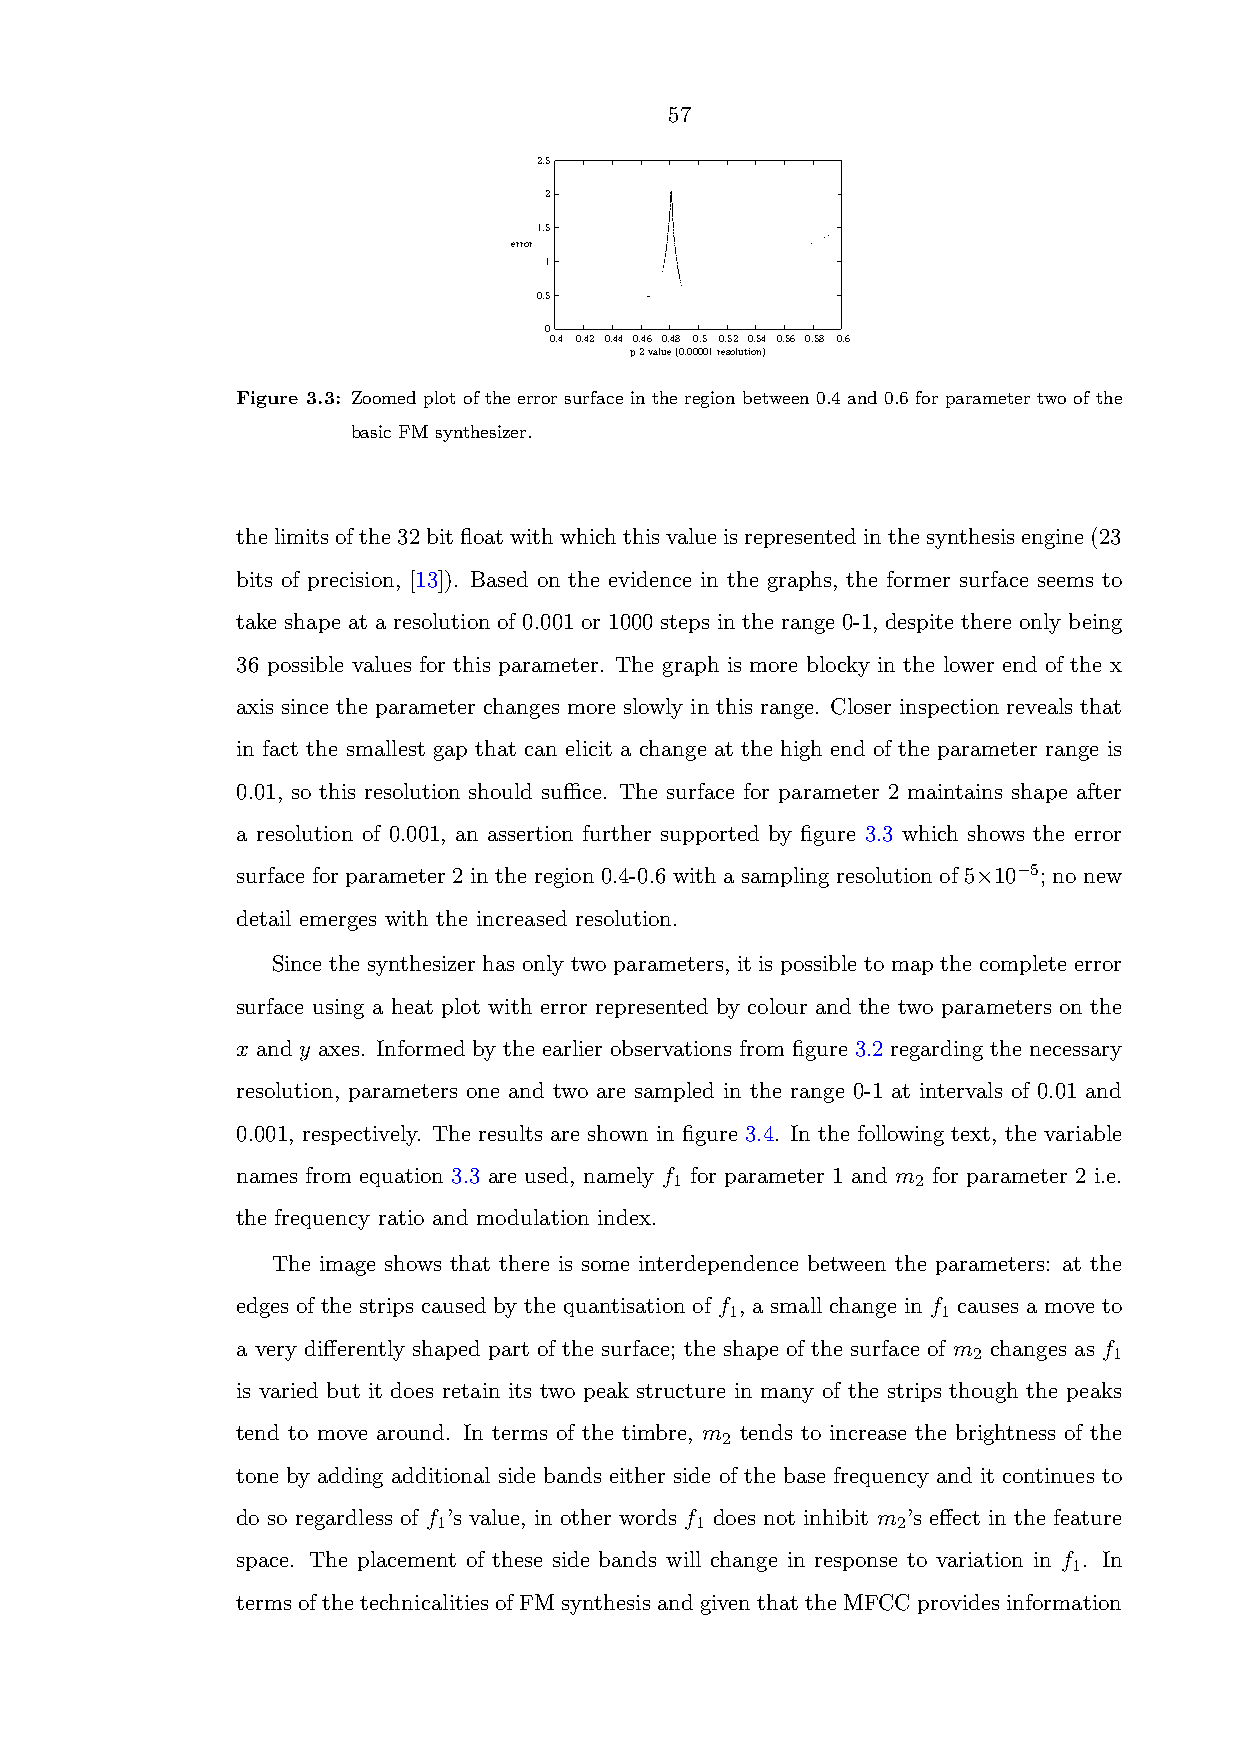
57
 2.5
 2
 1.5
 error
 1
 0.5
 0
 0.4 0.42 0.44 0.46 0.48 0.5 0.52 0.54 0.56 0.58 0.6
 p2value(0.00001resolution)
 Figure 3.3: Zoomed plot of the error surface in the region between 0.4 and 0.6 for parameter two of the
 basic FM synthesizer.
 thelimitsofthe32bitfloatwithwhichthisvalueisrepresentedinthesynthesisengine(23
 bits of precision, [13]). Based on the evidence in the graphs, the former surface seems to
 take shape at a resolution of 0.001 or 1000 steps in the range 0-1, despite there only being
 36 possible values for this parameter. The graph is more blocky in the lower end of the x
 axis since the parameter changes more slowly in this range. Closer inspection reveals that
 in fact the smallest gap that can elicit a change at the high end of the parameter range is
 0.01, so this resolution should suffice. The surface for parameter 2 maintains shape after
 a resolution of 0.001, an assertion further supported by figure 3.3 which shows the error
 surface for parameter 2 in the region 0.4-0.6 with a sampling resolution of 5×10−5; no new
 detail emerges with the increased resolution.
 Since the synthesizer has only two parameters, it is possible to map the complete error
 surface using a heat plot with error represented by colour and the two parameters on the
 x and y axes. Informed by the earlier observations from figure 3.2 regarding the necessary
 resolution, parameters one and two are sampled in the range 0-1 at intervals of 0.01 and
 0.001, respectively. The results are shown in figure 3.4. In the following text, the variable
 names from equation 3.3 are used, namely f for parameter 1 and m for parameter 2 i.e.
 1               2
 the frequency ratio and modulation index.
 The image shows that there is some interdependence between the parameters: at the
 edges of the strips caused by the quantisation of f , a small change in f causes a move to
 1             1
 a very differently shaped part of the surface; the shape of the surface of m changes as f
 2         1
 is varied but it does retain its two peak structure in many of the strips though the peaks
 tend to move around. In terms of the timbre, m tends to increase the brightness of the
 2
 tone by adding additional side bands either side of the base frequency and it continues to
 do so regardless of f ’s value, in other words f does not inhibit m ’s effect in the feature
 1                1            2
 space. The placement of these side bands will change in response to variation in f . In
 1
 terms of the technicalities of FM synthesis and given that the MFCC provides information